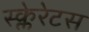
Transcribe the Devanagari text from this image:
स्क्लेरेटस